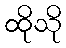
ထိုသို